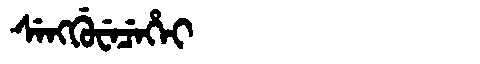
Manchu: ᠰᡝᠩᡤᡠᠸᡝᠴᡝᡥᡝᡳ
Romanization: SENGGUWECEHEI